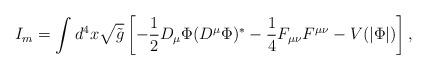
LaTeX: \begin{align*}I_m = \int d^4x \sqrt{{\tilde g}}\left[-\frac{1}{2}D_{\mu}\Phi(D^{\mu}\Phi)^* - \frac{1}{4}F_{\mu \nu}F^{\mu \nu} - V(|\Phi|)\right],\end{align*}